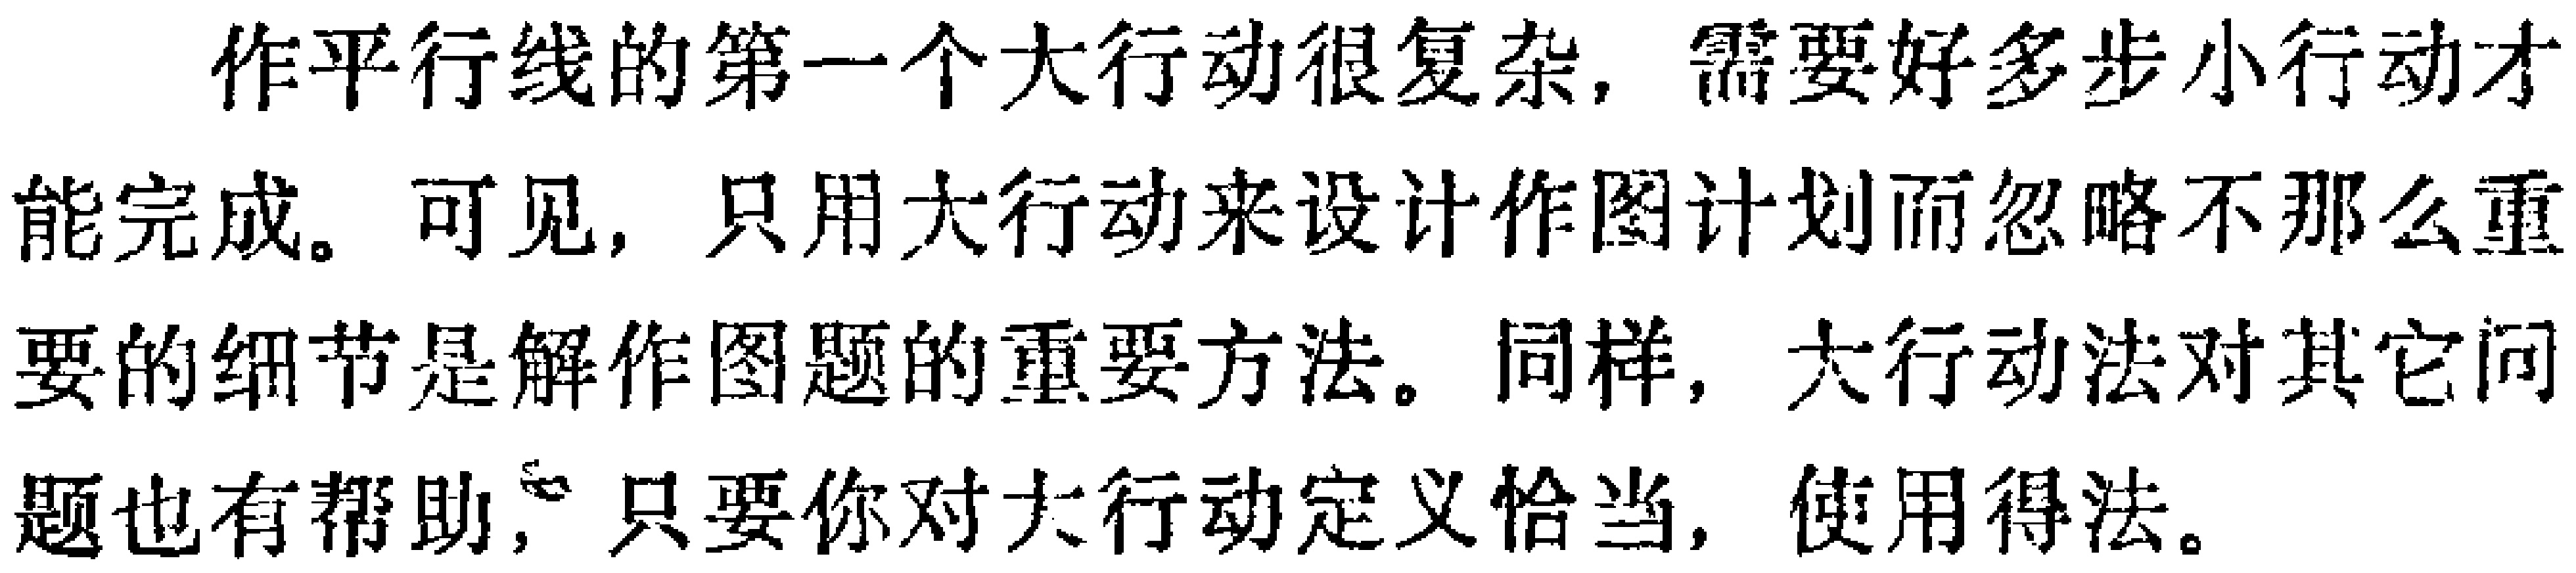
作平行线的第一个大行动很复杂，需要好多步小行动才能完成。可见，只用大行动来设计作图计划而忽略不那么重要的细节是解作图题的重要方法。同样，大行动法对其它问题也有帮助，只要你对大行动定义恰当，使用得法。